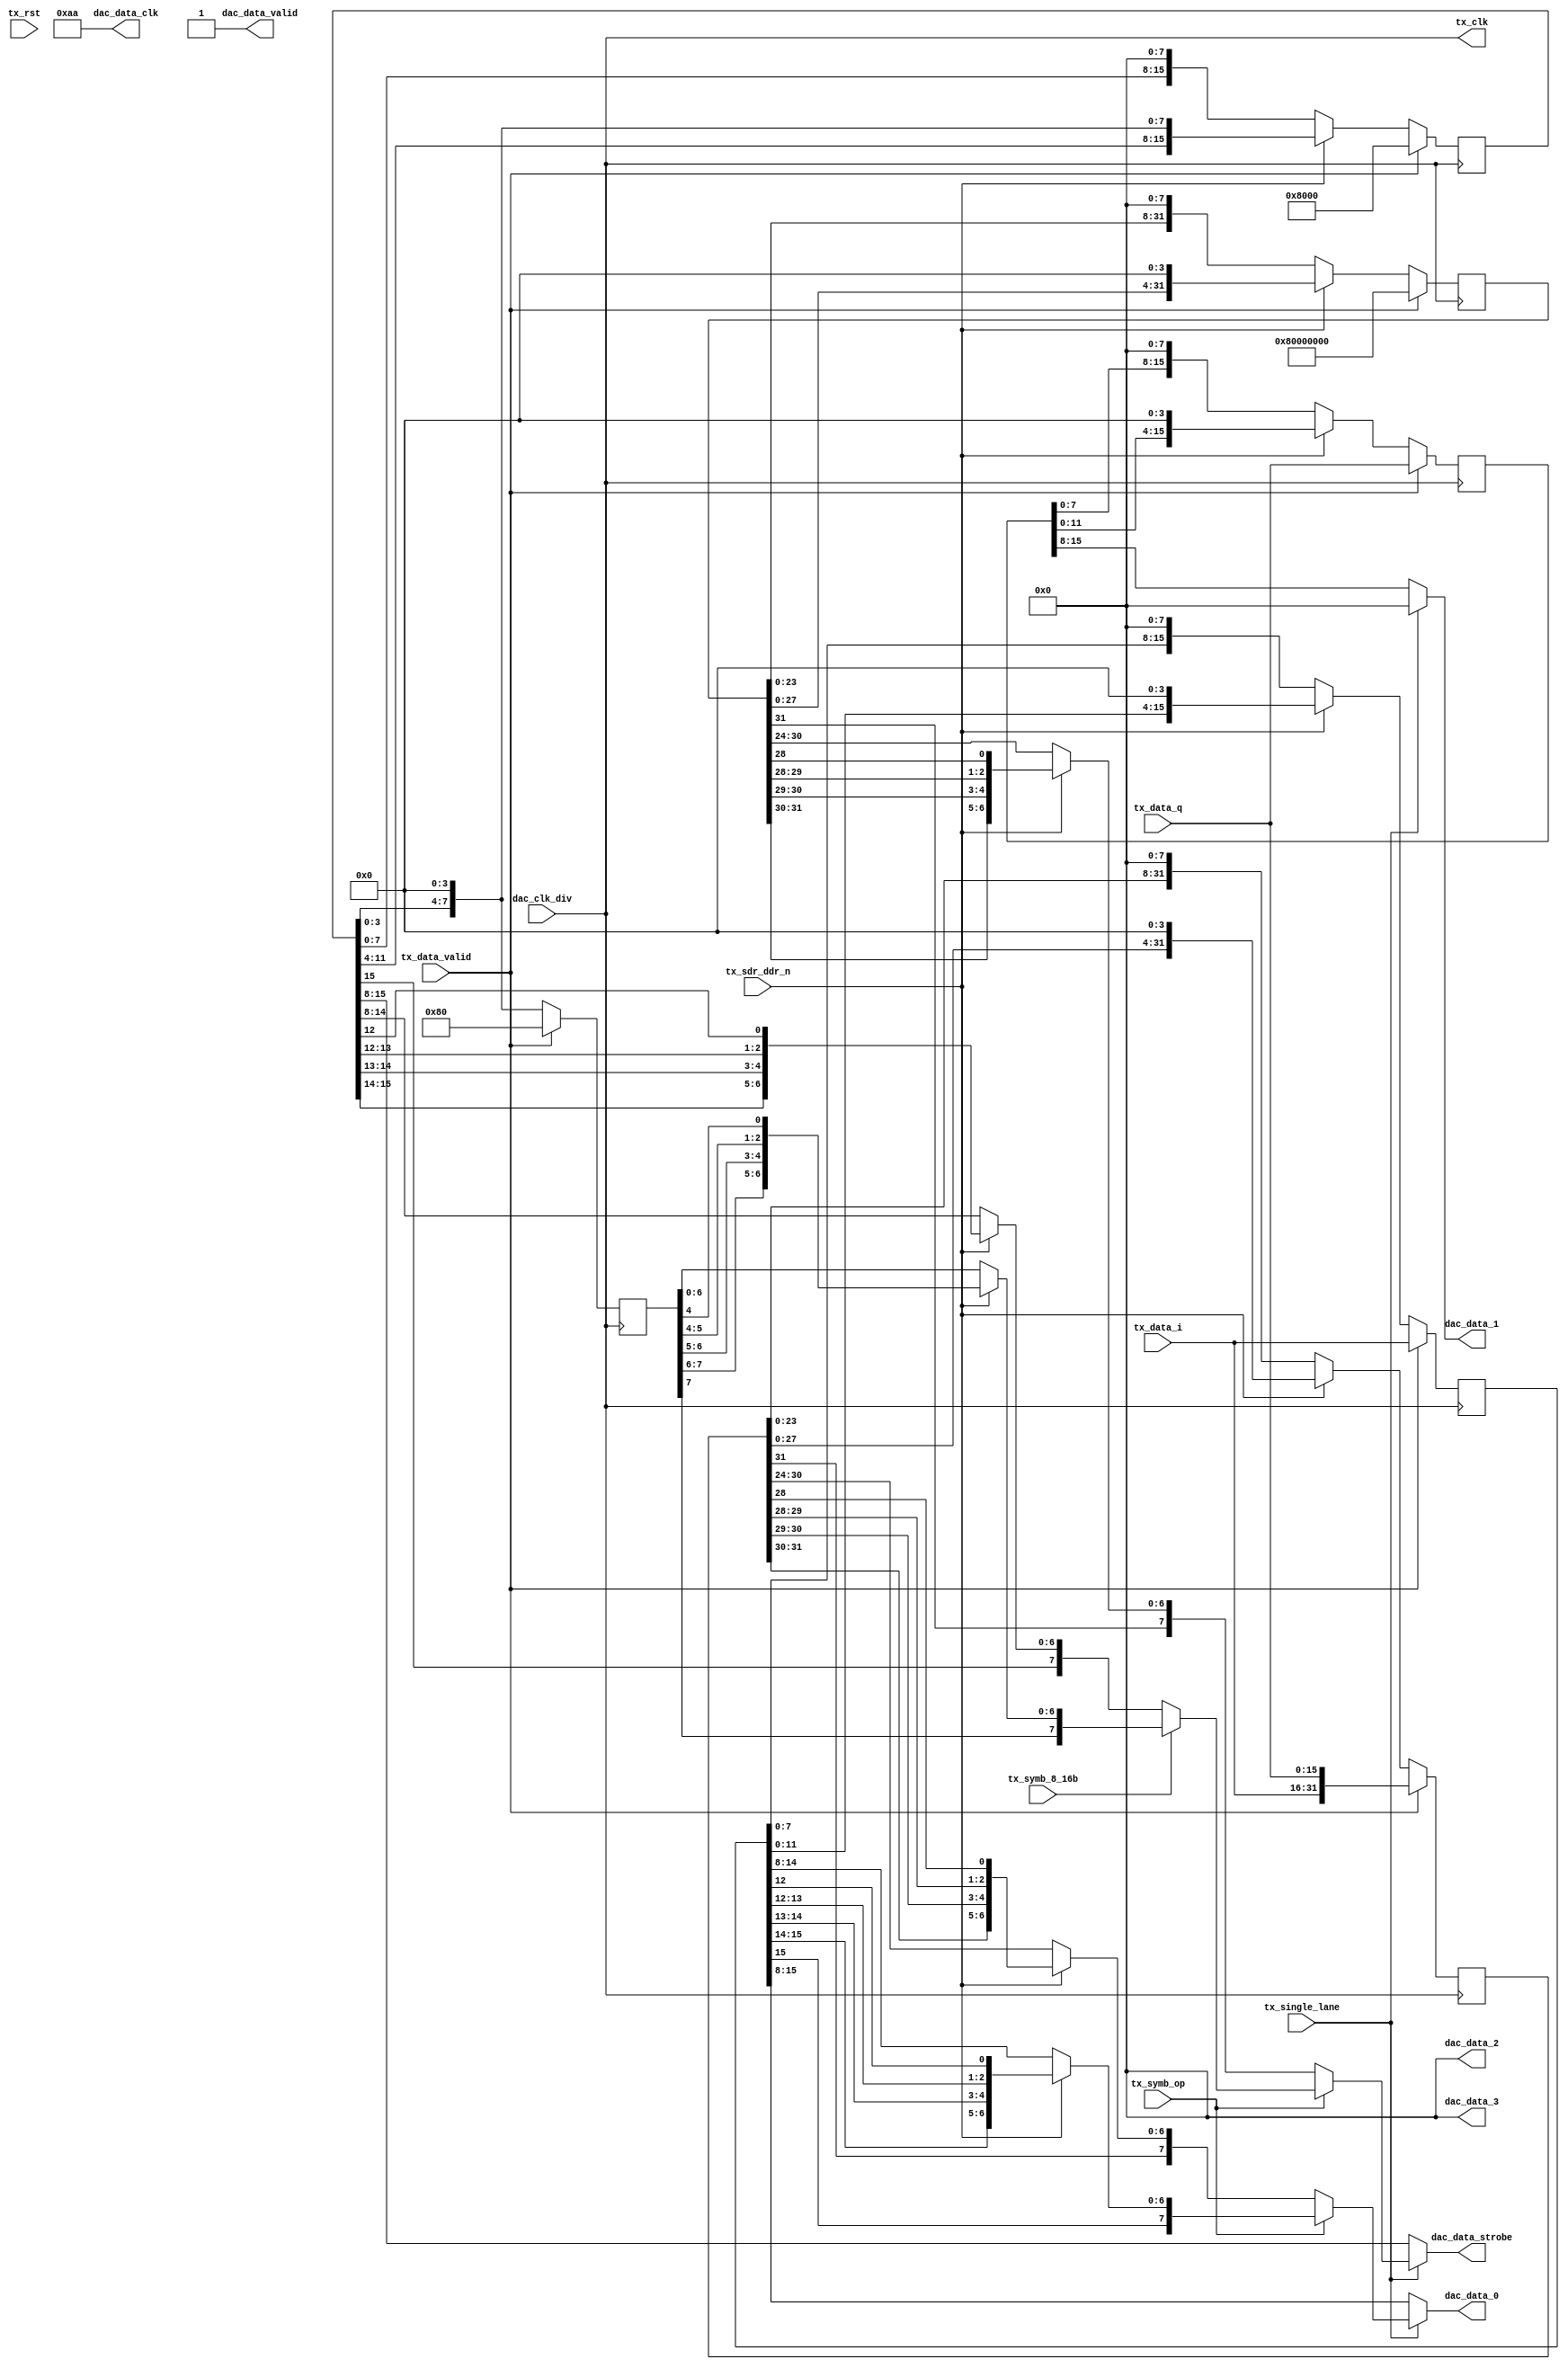
// ***************************************************************************
// ***************************************************************************
// Copyright 2014 - 2020 (c) Analog Devices, Inc. All rights reserved.
//
// In this HDL repository, there are many different and unique modules, consisting
// of various HDL (Verilog or VHDL) components. The individual modules are
// developed independently, and may be accompanied by separate and unique license
// terms.
//
// The user should read each of these license terms, and understand the
// freedoms and responsibilities that he or she has by using this source/core.
//
// This core is distributed in the hope that it will be useful, but WITHOUT ANY
// WARRANTY; without even the implied warranty of MERCHANTABILITY or FITNESS FOR
// A PARTICULAR PURPOSE.
//
// Redistribution and use of source or resulting binaries, with or without modification
// of this file, are permitted under one of the following two license terms:
//
//   1. The GNU General Public License version 2 as published by the
//      Free Software Foundation, which can be found in the top level directory
//      of this repository (LICENSE_GPL2), and also online at:
//      <https://www.gnu.org/licenses/old-licenses/gpl-2.0.html>
//
// OR
//
//   2. An ADI specific BSD license, which can be found in the top level directory
//      of this repository (LICENSE_ADIBSD), and also on-line at:
//      https://github.com/analogdevicesinc/hdl/blob/master/LICENSE_ADIBSD
//      This will allow to generate bit files and not release the source code,
//      as long as it attaches to an ADI device.
//
// ***************************************************************************
// ***************************************************************************

`timescale 1ns/100ps

module adrv9001_tx_link  #(
  parameter CMOS_LVDS_N = 0,
  parameter CLK_DIV_IS_FAST_CLK = 0
) (
  input         dac_clk_div,
  output  [7:0] dac_data_0,
  output  [7:0] dac_data_1,
  output  [7:0] dac_data_2,
  output  [7:0] dac_data_3,
  output  [7:0] dac_data_strobe,
  output  [7:0] dac_data_clk,
  output        dac_data_valid,

  // upper layer data interface
  output         tx_clk,
  input          tx_rst,
  input          tx_data_valid,
  input   [15:0] tx_data_i,
  input   [15:0] tx_data_q,

  // Config interface
  input          tx_sdr_ddr_n,
  input          tx_single_lane,
  input          tx_symb_op,
  input          tx_symb_8_16b
);

  assign tx_clk = dac_clk_div;

  wire [7:0] data32sdr;
  wire [7:0] strobe32sdr;
  wire [7:0] data16sdr_0;
  wire [7:0] strobe16sdr;

  wire [7:0] data8sdr_0;
  wire [7:0] data8sdr_1;
  wire [7:0] data8sdr_2;
  wire [7:0] data8sdr_3;
  wire [7:0] strobe8sdr;

  wire       ld_next;

  reg [31:0] data32 = 32'b0;
  reg [31:0] strobe32 = 32'b0;
  reg [15:0] data16_0 = 16'b0;
  reg [15:0] data16_1 = 16'b0;
  reg [15:0] strobe16 = 16'b0;
  reg [7:0] data8_0 = 8'b0;
  reg [7:0] data8_1 = 8'b0;
  reg [7:0] data8_2 = 8'b0;
  reg [7:0] data8_3 = 8'b0;
  reg [7:0] strobe8 = 8'b0;
  reg [3:0] valid_gen = 4'b0;

  // Serialization factor Per data lane 32
  always @(posedge tx_clk) begin
    if (tx_data_valid) begin
      data32 <= {tx_data_i,tx_data_q};
      strobe32 <= {1'b1,31'b0};
    end else if (ld_next) begin
      if (tx_sdr_ddr_n) begin
        data32 <= {data32,4'b0};
        strobe32 <= {strobe32,4'b0};
      end else begin
        data32 <= {data32,8'b0};
        strobe32 <= {strobe32,8'b0};
      end
    end
  end

  // Double each bit due the DDR PHY
  assign data32sdr = {data32[31],data32[31],
                      data32[30],data32[30],
                      data32[29],data32[29],
                      data32[28],data32[28]};
  assign strobe32sdr = {strobe32[31],strobe32[31],
                        strobe32[30],strobe32[30],
                        strobe32[29],strobe32[29],
                        strobe32[28],strobe32[28]};

  // Serialization factor Per data lane 16
  always @(posedge tx_clk) begin
    if (tx_data_valid) begin
      data16_0 <= tx_data_i;
      data16_1 <= tx_data_q;
      strobe16 <= {1'b1,15'b0};
    end else if (ld_next) begin
      if(tx_sdr_ddr_n) begin
        data16_0 <= {data16_0,4'b0};
        data16_1 <= {data16_1,4'b0};
        strobe16 <= {strobe16,4'b0};
      end else begin
        data16_0 <= {data16_0,8'b0};
        data16_1 <= {data16_1,8'b0};
        strobe16 <= {strobe16,8'b0};
      end
    end
  end

  // Double each bit due to the DDR PHY
  assign data16sdr_0 = {data16_0[15],data16_0[15],
                        data16_0[14],data16_0[14],
                        data16_0[13],data16_0[13],
                        data16_0[12],data16_0[12]};
  assign strobe16sdr = {strobe16[15],strobe16[15],
                        strobe16[14],strobe16[14],
                        strobe16[13],strobe16[13],
                        strobe16[12],strobe16[12]};

  // Serialization factor Per data lane 8
  always @(posedge tx_clk) begin
    if (tx_data_valid) begin
      data8_0 <= tx_data_i[7:0];
      data8_1 <= tx_data_i[15:8];
      data8_2 <= tx_data_q[7:0];
      data8_3 <= tx_data_q[15:8];
      strobe8 <= {1'b1,7'b0};
    end else if (ld_next) begin
      data8_0 <= {data8_0,4'b0};
      data8_1 <= {data8_1,4'b0};
      data8_2 <= {data8_2,4'b0};
      data8_3 <= {data8_3,4'b0};
      strobe8 <= {strobe16,4'b0};
    end
  end

  // Double each bit due the DDR PHY
  assign data8sdr_0 = {data8_0[7],data8_0[7],
                       data8_0[6],data8_0[6],
                       data8_0[5],data8_0[5],
                       data8_0[4],data8_0[4]};
  assign data8sdr_1 = {data8_1[7],data8_1[7],
                       data8_1[6],data8_1[6],
                       data8_1[5],data8_1[5],
                       data8_1[4],data8_1[4]};
  assign data8sdr_2 = {data8_2[7],data8_2[7],
                       data8_2[6],data8_2[6],
                       data8_2[5],data8_2[5],
                       data8_2[4],data8_2[4]};
  assign data8sdr_3 = {data8_3[7],data8_3[7],
                       data8_3[6],data8_3[6],
                       data8_3[5],data8_3[5],
                       data8_3[4],data8_3[4]};
  assign strobe8sdr = {strobe8[7],strobe8[7],
                       strobe8[6],strobe8[6],
                       strobe8[5],strobe8[5],
                       strobe8[4],strobe8[4]};

  assign dac_data_0 = tx_single_lane ? (tx_symb_op ? (tx_sdr_ddr_n ? data16sdr_0 : data16_0[15-:8]) :
                           (tx_sdr_ddr_n ? data32sdr : data32[31-:8])) :
                           (CMOS_LVDS_N ? (tx_sdr_ddr_n ? data8sdr_0 : data8_0) : data16_0[15-:8]);

  assign dac_data_1 = tx_single_lane ? 'b0 :
                           (CMOS_LVDS_N ? (tx_sdr_ddr_n ? data8sdr_1 : data8_1) :
                           data16_1[15-:8]);

  assign dac_data_2 = tx_single_lane ? 'b0 :
                           (CMOS_LVDS_N ? (tx_sdr_ddr_n ? data8sdr_2 : data8_2) :
                           1'b0);

  assign dac_data_3 = tx_single_lane ? 'b0 :
                           (CMOS_LVDS_N ? (tx_sdr_ddr_n ? data8sdr_3 : data8_3) :
                           1'b0);

  assign dac_data_strobe = tx_single_lane ? (tx_symb_op ? (tx_symb_8_16b ? (tx_sdr_ddr_n ? strobe8sdr : strobe8) :
                           (tx_sdr_ddr_n ? strobe16sdr : strobe16[15-:8])):
                           (tx_sdr_ddr_n ? strobe32sdr : strobe32[31-:8])) :
                           (CMOS_LVDS_N ? (tx_sdr_ddr_n ? strobe8sdr : strobe8) : strobe16[15-:8]);

  assign dac_data_clk = {4{1'b1,1'b0}};

  assign dac_data_valid = (CLK_DIV_IS_FAST_CLK == 0) ? 1'b1 : valid_gen[3];

  always @(posedge tx_clk) begin
    if (tx_data_valid) begin
      valid_gen <= 4'b1000;
    end else begin
      valid_gen <= {valid_gen[2:0],valid_gen[3]};
    end
  end
  assign ld_next = (CLK_DIV_IS_FAST_CLK == 0) ? 1'b1 : valid_gen[2];

endmodule